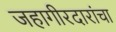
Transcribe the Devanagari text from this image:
जहागीरदारांचा